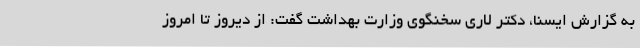
به گزارش ایسنا، دکتر لاری سخنگوی وزارت بهداشت گفت: از دیروز تا امروز